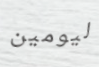
ليومين